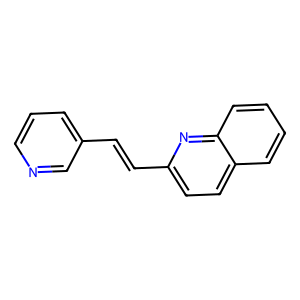
SMILES: C(=Cc1ccc2ccccc2n1)c1cccnc1
Inhibits HIV replication: No